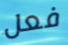
فعل